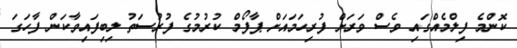
ކޮންމެ ފިލްމެއްގައި ވެސް ވަރަށް ފުރިހަމައަށް ޕާފޯމް ކުރުމުގެ ފުރުސަތު ލިބިފައިވާކަން ފާހަގަ